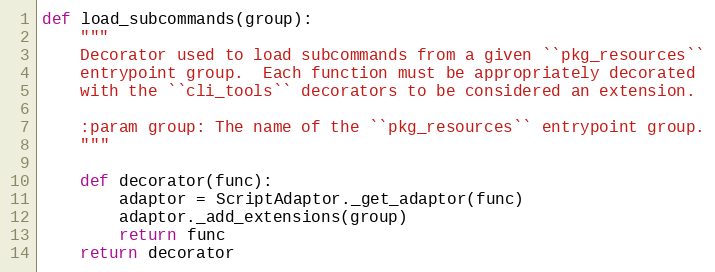
Language: Python
def load_subcommands(group):
    """
    Decorator used to load subcommands from a given ``pkg_resources``
    entrypoint group.  Each function must be appropriately decorated
    with the ``cli_tools`` decorators to be considered an extension.

    :param group: The name of the ``pkg_resources`` entrypoint group.
    """

    def decorator(func):
        adaptor = ScriptAdaptor._get_adaptor(func)
        adaptor._add_extensions(group)
        return func
    return decorator